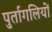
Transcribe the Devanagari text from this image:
पुर्तागलियों